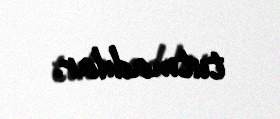
tutmadılar.